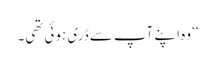
‘‘ وہ اپنے آپ سے ڈری ہوئی تھی۔